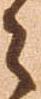
々